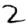
Digit: 2